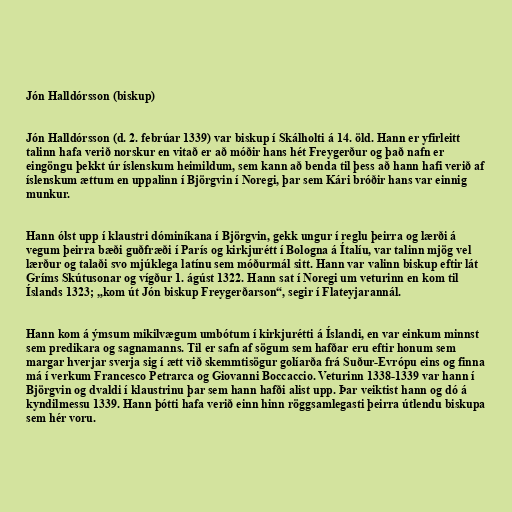
Jón Halldórsson (biskup)

Jón Halldórsson (d. 2. febrúar 1339) var biskup í Skálholti á 14. öld. Hann er yfirleitt
talinn hafa verið norskur en vitað er að móðir hans hét Freygerður og það nafn er
eingöngu þekkt úr íslenskum heimildum, sem kann að benda til þess að hann hafi verið af
íslenskum ættum en uppalinn í Björgvin í Noregi, þar sem Kári bróðir hans var einnig
munkur.

Hann ólst upp í klaustri dóminíkana í Björgvin, gekk ungur í reglu þeirra og lærði á
vegum þeirra bæði guðfræði í París og kirkjurétt í Bologna á Ítalíu, var talinn mjög vel
lærður og talaði svo mjúklega latínu sem móðurmál sitt. Hann var valinn biskup eftir lát
Gríms Skútusonar og vígður 1. ágúst 1322. Hann sat í Noregi um veturinn en kom til
Íslands 1323; „kom út Jón biskup Freygerðarson“, segir í Flateyjarannál.

Hann kom á ýmsum mikilvægum umbótum í kirkjurétti á Íslandi, en var einkum minnst
sem predikara og sagnamanns. Til er safn af sögum sem hafðar eru eftir honum sem
margar hverjar sverja sig í ætt við skemmtisögur golíarða frá Suður-Evrópu eins og finna
má í verkum Francesco Petrarca og Giovanni Boccaccio. Veturinn 1338-1339 var hann í
Björgvin og dvaldi í klaustrinu þar sem hann hafði alist upp. Þar veiktist hann og dó á
kyndilmessu 1339. Hann þótti hafa verið einn hinn röggsamlegasti þeirra útlendu biskupa
sem hér voru.